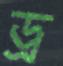
ড্র